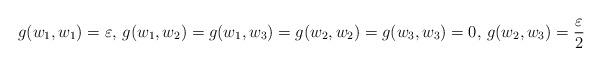
LaTeX: \begin{align*}g(w_1,w_1)=\varepsilon,\, g(w_1,w_2)=g(w_1,w_3)=g(w_2,w_2)=g(w_3,w_3)=0,\,g(w_2,w_3)=\frac\varepsilon 2 \end{align*}